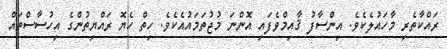
ރައްކާތެރި މާހައުލެކެވެ. އިންސާފު ޤާއިމްވެފައި އޮންނަ މުޖުތަމައުއެކެވެ. ހިތް ހެޔޮ ރައްޔިތުންގެ އިހުސާސްތައް